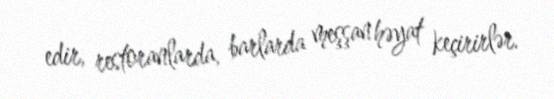
edir, restoranlarda, barlarda meşşan həyat keçirirlər.